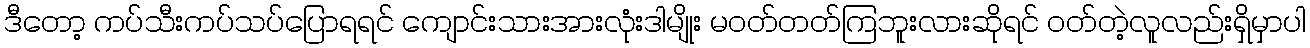
ဒီတော့ ကပ်သီးကပ်သပ်ပြောရရင် ကျောင်းသားအားလုံးဒါမျိုး မဝတ်တတ်ကြဘူးလားဆိုရင် ဝတ်တဲ့လူလည်းရှိမှာပါ